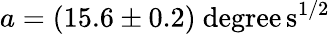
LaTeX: a=(15.6\pm 0.2)\mathrm{\ degree\, s^{1/2}}